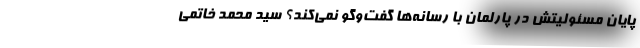
پایان مسئولیتش در پارلمان با رسانه‌ها گفت‌وگو نمی‌کند؟ سید محمد خاتمی